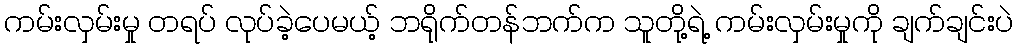
ကမ်းလှမ်းမှု တရပ် လုပ်ခဲ့ပေမယ့် ဘရိုက်တန်ဘက်က သူတို့ရဲ့ ကမ်းလှမ်းမှုကို ချက်ချင်းပဲ